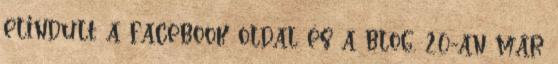
elindult a facebook oldal és a blog. 20-an már